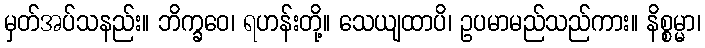
မှတ်အပ်သနည်း။ ဘိက္ခဝေ၊ ရဟန်းတို့။ သေယျထာပိ၊ ဥပမာမည်သည်ကား။ နိစ္စမ္မာ၊